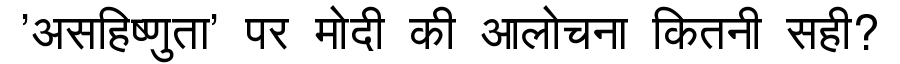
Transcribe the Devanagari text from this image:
'असहिष्णुता' पर मोदी की आलोचना कितनी सही?